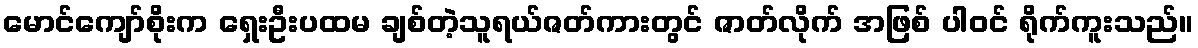
မောင်ကျော်စိုးက ရှေးဦးပထမ ချစ်တဲ့သူရယ်ဇတ်ကားတွင် ဇာတ်လိုက် အဖြစ် ပါဝင် ရိုက်ကူးသည်။